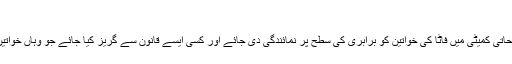
'
فوکل پرسن کا کہنا تھا کہ اصلاحاتی کمیٹی میں فاٹا کی خواتین کو برابری کی سطح پر نمائندگی دی جائے اور کسی ایسے قانون سے گریز کیا جائے جو وہاں خواتین پر پابندیوں کو تقویت دیتا ہوں۔